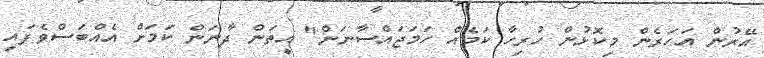
އޭރުން އަހަރެން މިކޮޅުން ހުރިހާ ކަމެއް ހަމަޖައްސާނަން" އީތަން ދާނަން ކަމަށް އެއްބަސްވެފައި